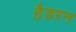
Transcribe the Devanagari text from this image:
हैडरन